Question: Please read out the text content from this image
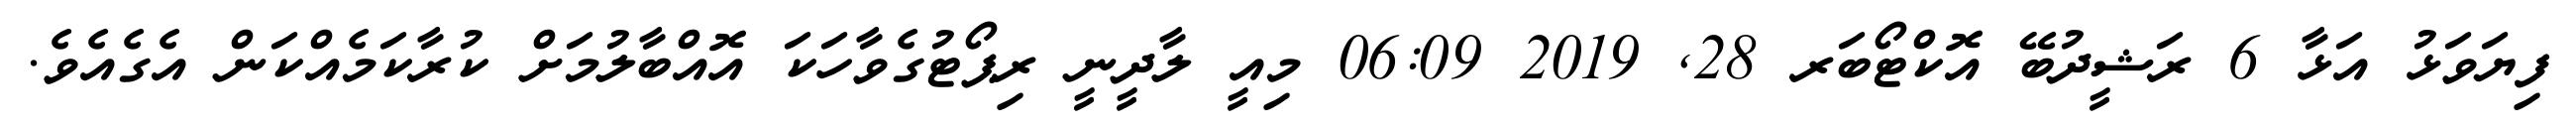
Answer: ފިޔަވަޅު އަޅާ 6 ރަޝީދުބޭ އޮކްޓޯބަރ 28, 2019 06:09 މިއީ ލާދީނީ ރިޕޯޓުގެވާހަކަ އޮއްބާލުމަށް ކުރާކަމެއްކަން އެގެއެވެ.